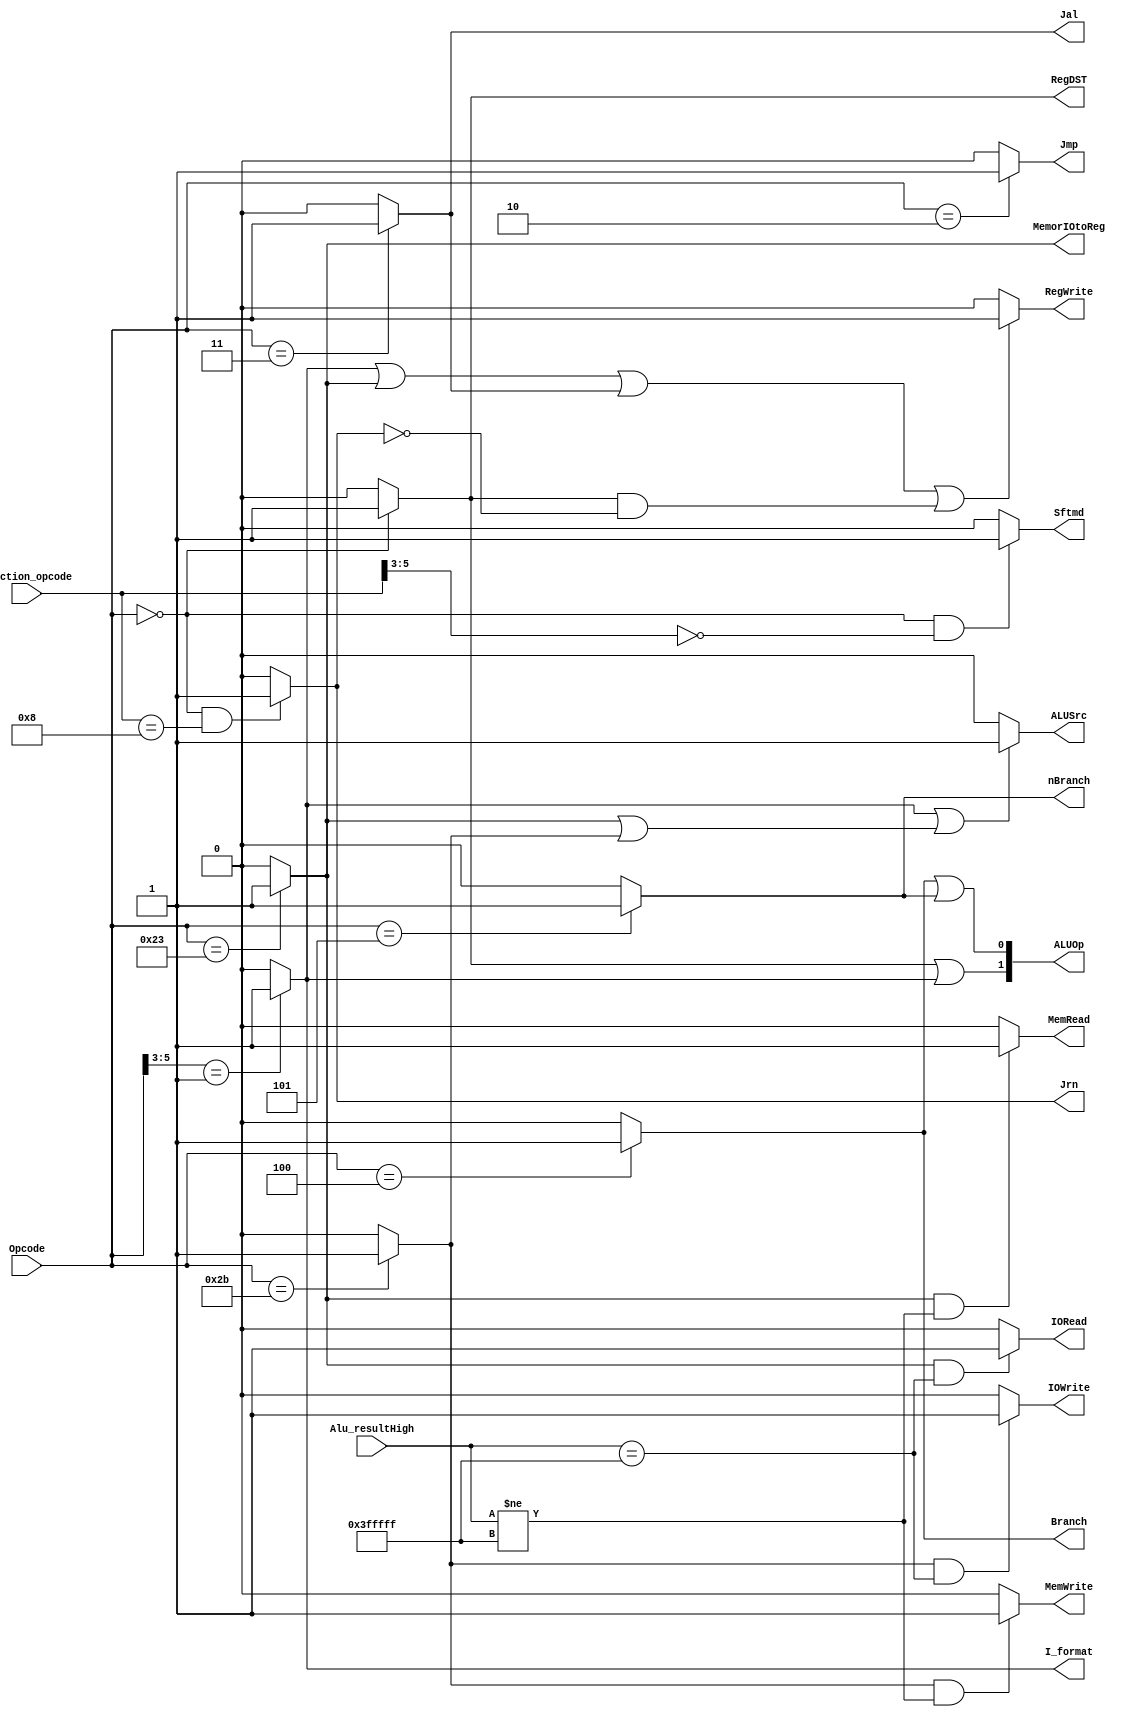
`timescale 1ns / 1ps
//////////////////////////////////////////////////////////////////////////////////
module control32(Opcode,Function_opcode,Alu_resultHigh,Jrn,RegDST,ALUSrc,
            MemorIOtoReg,RegWrite,MemRead,MemWrite,IORead,IOWrite,Branch,nBranch,
            Jmp,Jal,I_format,Sftmd,ALUOp);
    input[5:0]   Opcode;            // instruction[31..26]
    input[5:0]   Function_opcode;  	// r- instructions[5..0]
    input[21:0]  Alu_resultHigh;
    output       Jrn;         	 // 1jr
    output       RegDST;          // 1rdrt
    output       ALUSrc;          // 1beqbne
    output       MemorIOtoReg;   	//  1
    output       RegWrite;   	//  1
    output       MemWrite;   	//  1
    output       Branch;    	//  1Beq
    output       nBranch;   	//  1Bne
    output       Jmp;        	//  1J
    output       Jal;        	//  1Jal
    output       I_format;  	//  1beqbneLWSWI-
    output       Sftmd;     	//  1
    output[1:0]  ALUOp;	        //  R-I_format=111, beqbne01
    output IORead;
    output IOWrite;
    output MemRead;
    
    wire Jmp,I_format,Jal,Branch,nBranch;
    wire R_format;        // 1R-
    wire Lw;               // 1lw
    wire Sw;               // 1sw

    
   
    assign R_format = (Opcode == 6'b000000) ? 1'b1 : 1'b0;    	//--00h 
    assign RegDST = R_format;                               //rdrt

    assign I_format = (Opcode[5:3] == 3'b001) ? 1'b1 : 1'b0;
    assign Lw = (Opcode == 6'b100011) ? 1'b1 : 1'b0;
    assign Jal = (Opcode == 6'b000011) ? 1'b1 : 1'b0;
    assign Jrn = (Opcode == 6'b000000 && Function_opcode == 6'b001000) ? 1'b1 : 1'b0;
    assign RegWrite = (I_format == 1'b1 || Lw == 1'b1 || Jal == 1'b1 || (R_format == 1'b1 && Jrn == 1'b0)) ? 1'b1 : 1'b0;

    assign Sw = (Opcode == 6'b101011) ? 1'b1 : 1'b0;
    assign Branch = (Opcode == 6'b000100) ? 1'b1 : 1'b0;
    assign nBranch = (Opcode == 6'b000101) ? 1'b1 : 1'b0;
    assign ALUSrc = (I_format == 1'b1 || (Lw == 1'b1 || Sw == 1'b1)) ? 1'b1 : 1'b0;

    assign Jmp = (Opcode == 6'b000010) ? 1'b1 : 1'b0;
    
    assign MemWrite = ((Sw == 1) && Alu_resultHigh != {22{1'b1}}) ? 1'b1 : 1'b0;
    assign MemorIOtoReg = Lw;
    assign MemRead = ((Lw == 1) && Alu_resultHigh != {22{1'b1}}) ? 1'b1 : 1'b0;
    assign IORead = ((Lw == 1) && Alu_resultHigh == {22{1'b1}}) ? 1'b1 : 1'b0;
    assign IOWrite = ((Sw == 1) && Alu_resultHigh == {22{1'b1}}) ? 1'b1 : 1'b0;
    assign Sftmd = (Opcode == 6'b000000 && Function_opcode[5:3] == 3'b000) ? 1'b1 : 1'b0;
  
    assign ALUOp = {(R_format || I_format),(Branch || nBranch)};  // Rtype3211,beqbne01
endmodule